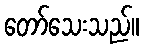
တော်သေးသည်။